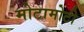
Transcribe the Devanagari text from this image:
मोटामोटी